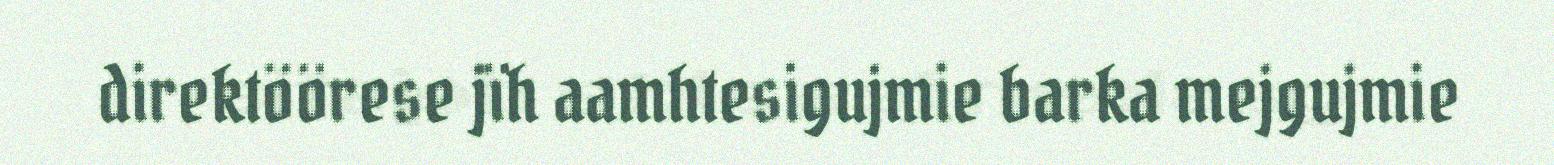
direktöörese jïh aamhtesigujmie barka mejgujmie